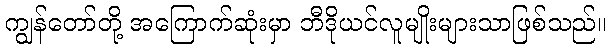
ကျွန်တော်တို့ အကြောက်ဆုံးမှာ ဘီဒိုယင်လူမျိုးများသာဖြစ်သည်။